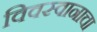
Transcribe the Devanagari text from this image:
विवस्वानाचा